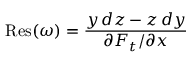
\operatorname { R e s } ( \omega ) = { \frac { y \, d z - z \, d y } { \partial F _ { t } / \partial x } }